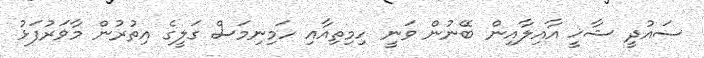
ސައުދީ ޝާޚީ އާއިލާއިން ބޭނުން ވަނީ ހިމިތިއާއި ހަމިނިމަސް ގަލީގެ އިތުރުން މާވަރުފަޅު